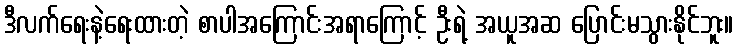
ဒီလက်ရေးနဲ့ရေးထားတဲ့ စာပါအကြောင်းအရာကြောင့် ဦးရဲ့ အယူအဆ ပြောင်းမသွားနိုင်ဘူး။